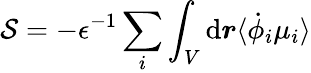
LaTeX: \mathcal{S}=-\epsilon^{-1}\sum_{i}\int_{V}\mathrm{d}\boldsymbol{r}\langle\dot{\phi}_{i}\mu_{i}\rangle